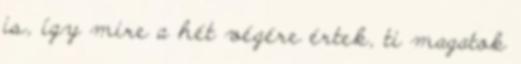
is, így mire a hét végére értek, ti magatok